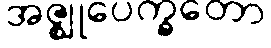
အဇ္ဈုပေက္ခတော